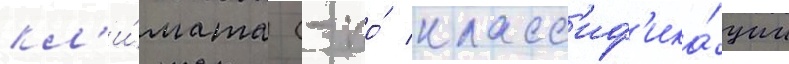
кл'и́мата (- по́ класс'иф'ика́ции